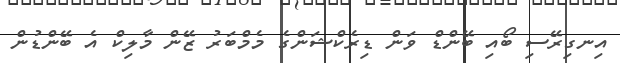
އިނގިރޭސި ބޯއި ބޭންޑް ވަން ޑިރެކްޝަންގެ މެމްބަރު ޒޭން މާލިކް އެ ބޭންޑުން